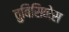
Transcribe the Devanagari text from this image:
तुबिसिनेस